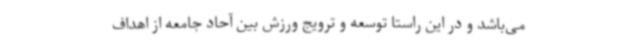
می‌باشد و در این راستا توسعه و ترویج ورزش بین آحاد جامعه از اهداف